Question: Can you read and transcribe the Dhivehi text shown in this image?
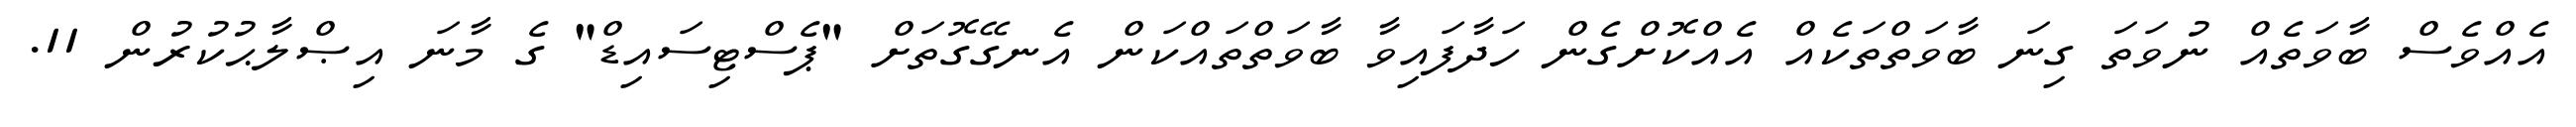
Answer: އެއްވެސް ބާވަތެއް ނުވަތަ ގިނަ ބާވަތްތަކެއް އެއްކޮށްގެން ހަދާފައިވާ ބާވަތްތައްކަން އެނގޭގޮތަށް "ޕެސްޓިސައިޑް" ގެ މާނަ އިޞްލާޙުކުރުން 11.